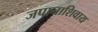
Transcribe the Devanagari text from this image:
जपानाशिवाय